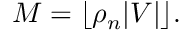
\begin{array} { r } { M = \lfloor \rho _ { n } \vert V \vert \rfloor . } \end{array}